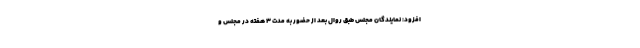
افزود: نمایندگان مجلس طبق روال بعد از حضور به مدت ۳ هفته در مجلس و